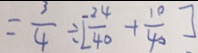
= \frac { 3 } { 4 } \div [ \frac { 2 4 } { 4 0 } + \frac { 1 0 } { 4 0 } ]